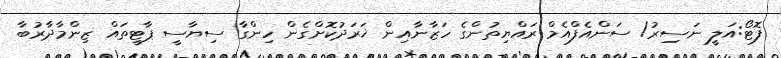
ފޮޓޯ:އަލީ ނަސިރު/ ސަންއެފްއެމް ރައްޔިތުންގެ ހަޒާނާއިން ޚަރަދުކޮށްގެން ހިންގާ ސިޔާސީ ޕާޓީތައް ޒިންމާދާރުބާ